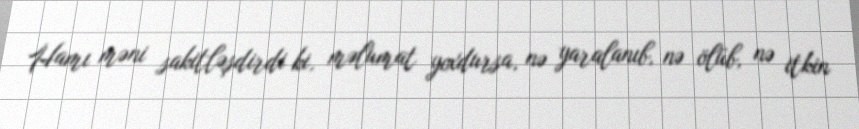
Hamı məni sakitləşdirdi ki, məlumat yoxdursa, nə yaralanıb, nə ölüb, nə itkin